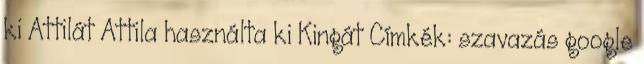
ki Attilát Attila használta ki Kingát Címkék: szavazás google